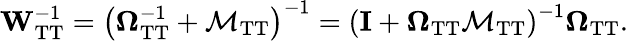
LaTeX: \mathbf{W}_{\mathrm{TT}}^{-1}=\left(\mathbf{\Omega}_{\mathrm{TT}}^{-1}+\mathbf{\mathcal{M}}_{\mathrm{TT}}\right)^{-1}=\left(\mathbf{I}+\mathbf{\Omega}_{\mathrm{TT}}\mathbf{\mathcal{M}}_{\mathrm{TT}}\right)^{-1}\mathbf{\Omega}_{\mathrm{TT}}.